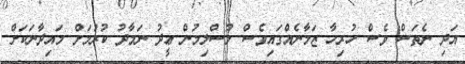
އަދި ނެތަސް ވެސް ހުރިހާ ޒަމާނެއްގައިވެސް މުސްލިމުން ޢީދު ނަމާދު ކުރުމަށް މައިދާނަކަށް